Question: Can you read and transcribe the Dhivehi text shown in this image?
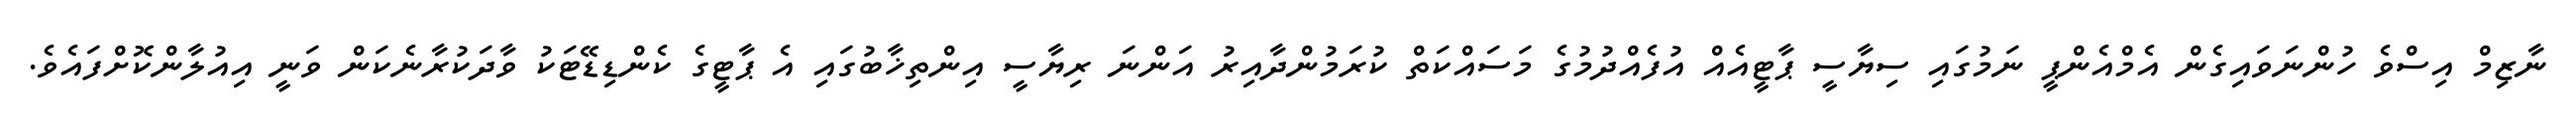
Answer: ނާޒިމް އިސްވެ ހުންނަވައިގެން އެމްއެންޕީ ނަމުގައި ސިޔާސީ ޕާޓީއެއް އުފެއްދުމުގެ މަސައްކަތް ކުރަމުންދާއިރު އަންނަ ރިޔާސީ އިންތިޚާބުގައި އެ ޕާޓީގެ ކެންޑިޑޭޓަކު ވާދަކުރާނެކަން ވަނީ އިއުލާންކޮށްފައެވެ.